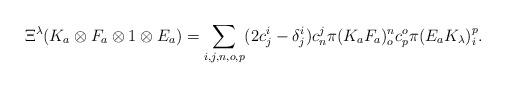
LaTeX: \begin{align*}\Xi^{\lambda}(K_{a}\otimes F_{a}\otimes1\otimes E_{a})=\sum_{i,j,n,o,p}(2c_{j}^{i}-\delta_{j}^{i})c_{n}^{j}\pi(K_{a}F_{a})_{o}^{n}c_{p}^{o}\pi(E_{a}K_{\lambda})_{i}^{p}.\end{align*}